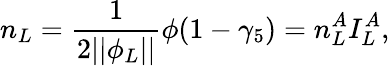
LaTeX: n_{L}=\frac 1{2||\phi_{L}||}\phi(1-\gamma_{5})=n_{L}^{A}I_{L}^{A},